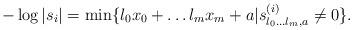
LaTeX: \begin{align*}-\log |s_i|=\min\{ l_0x_0+\ldots l_mx_m +a | s^{(i)}_{l_0\ldots l_m,a}\neq 0 \}.\end{align*}